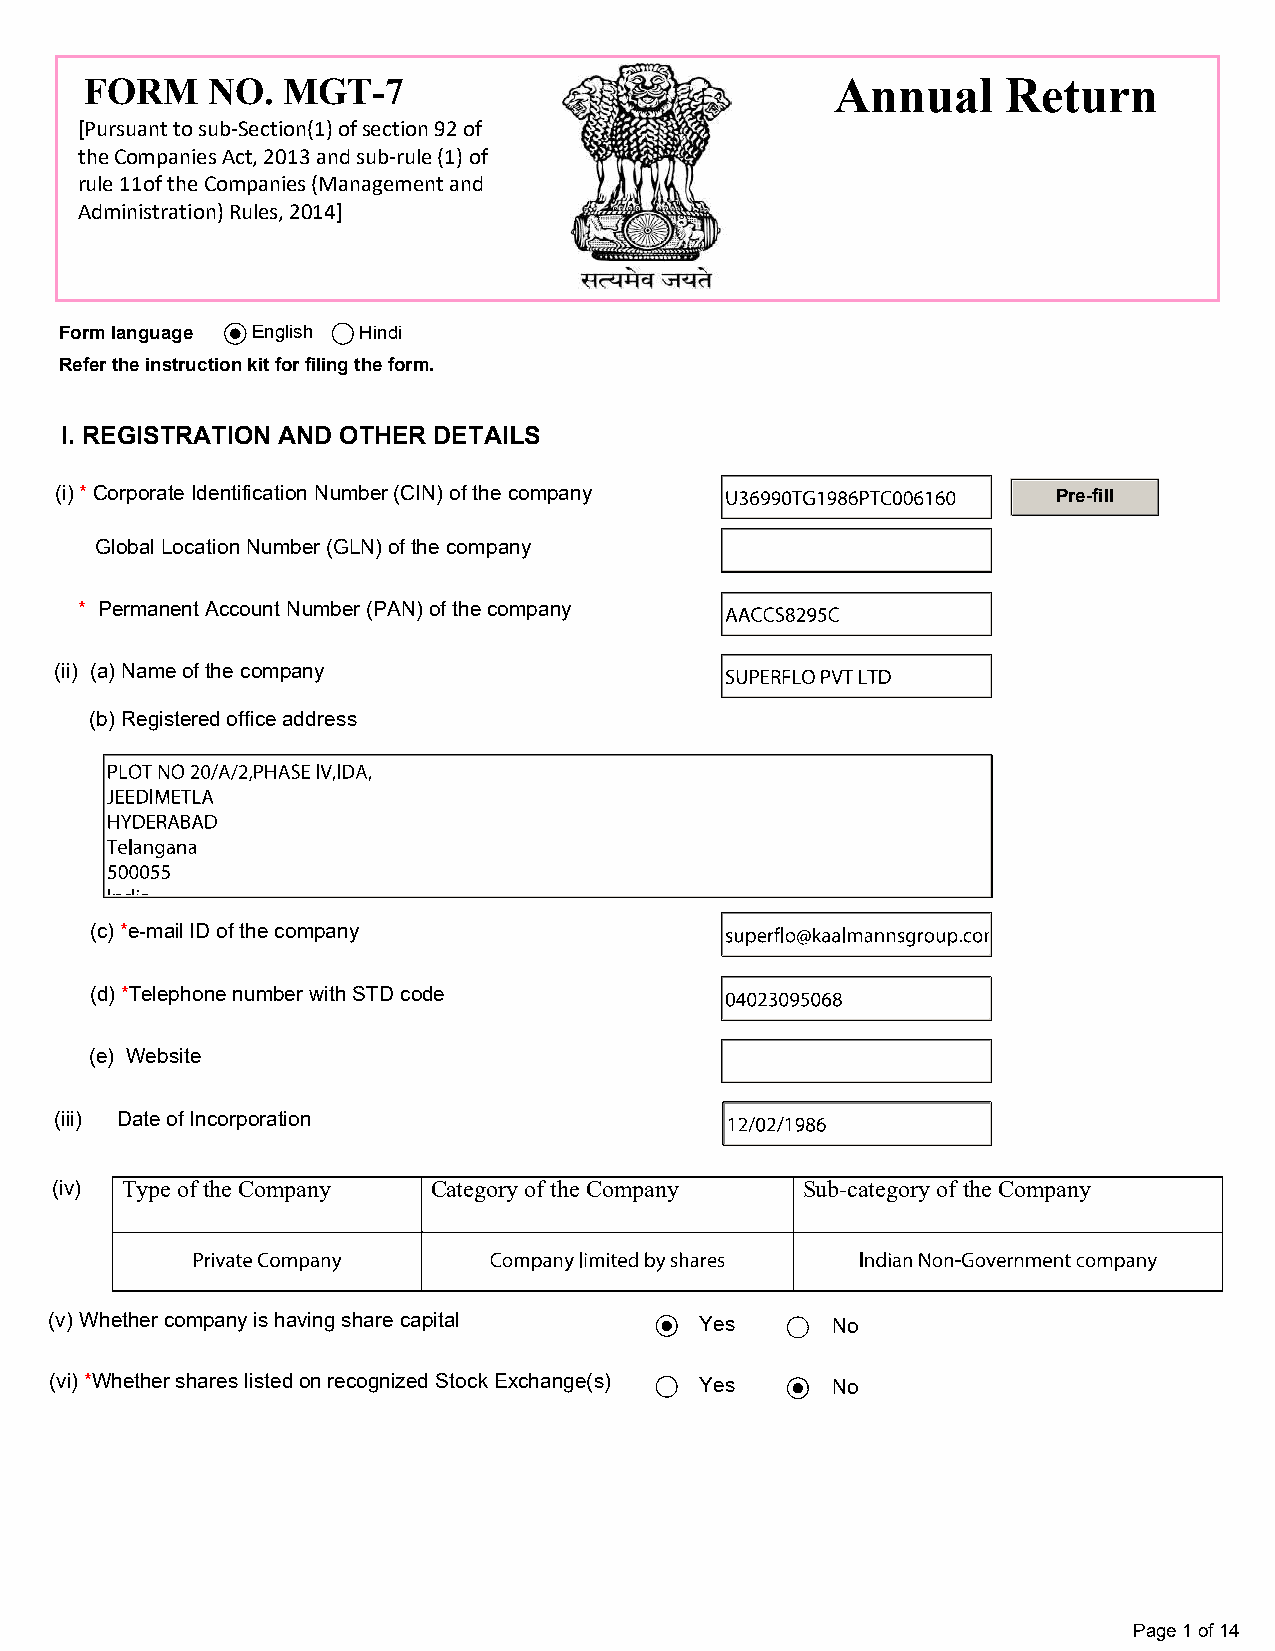
FORM    NO.  MGT-7                               Annual      Return
 [Pursuant to sub-Section(1) of section 92 of
 the Companies Act, 2013 and sub-rule (1) of
 rule 11of the Companies (Management and
 Administration) Rules, 2014]
 Form language English Hindi
 Refer the instruction kit for filing the form.
 I. REGISTRATION AND OTHER DETAILS
 (i) * Corporate Identification Number (CIN) of the company        Pre-fill
 Global Location Number (GLN) of the company
 * Permanent Account Number (PAN) of the company
 (ii) (a) Name of the company
 (b) Registered office address
 (c) *e-mail ID of the company
 (d) *Telephone number with STD code
 (e) Website
 (iii) Date of Incorporation
 (iv) Type of the Company  Category of the Company Sub-category of the Company
 (v) Whether company is having share capital Yes     No
 (vi) *Whether shares listed on recognized Stock Exchange(s) Yes No
 Page 1 of 14